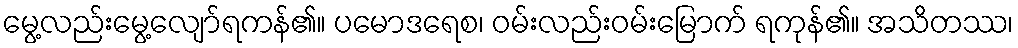
မွေ့လည်းမွေ့လျော်ရကန်၏။ ပမောဒရေစ၊ ဝမ်းလည်းဝမ်းမြောက် ရကုန်၏။ အသိတဿ၊